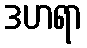
ဒဟရာ